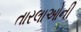
તારલાઓની